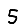
Digit: 5